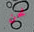
نحن